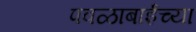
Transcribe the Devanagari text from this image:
पवळाबाईच्या